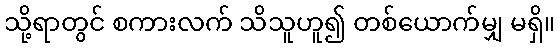
သို့ရာတွင် စကားလက် သိသူဟူ၍ တစ်ယောက်မျှ မရှိ။